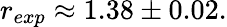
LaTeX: r_{exp}\approx 1.38\pm 0.02.